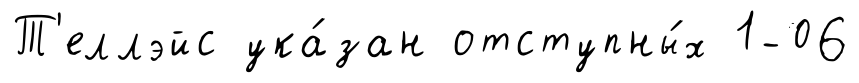
Т'еллэйс ука́зан отступны́х 1-06